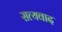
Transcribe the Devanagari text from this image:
सत्यवाद